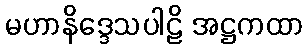
မဟာနိဒ္ဒေသပါဠိ အဋ္ဌကထာ